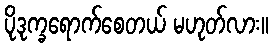
ပိုဒုက္ခရောက်စေတယ် မဟုတ်လား။